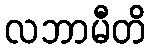
လဘာမီတိ